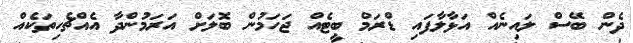
ދެން ބޭސް ލައިނެއް އަޅާލާފައި ޑްރަމް ބީޓެއް ޖަހަމުން ބޮލަށް އަރަމުންދާ އެއްޗެހިތަކެއް